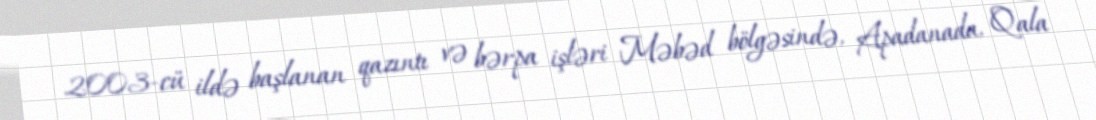
2003-cü ildə başlanan qazıntı və bərpa işləri Məbəd bölgəsində, Apadanada, Qala